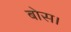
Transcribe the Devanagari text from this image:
बोस।